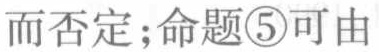
而否定；命题\textcircled{5}可由